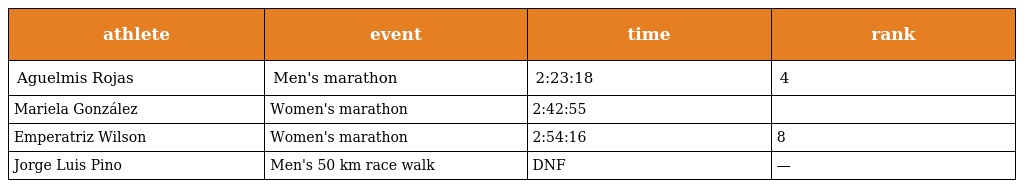
| athlete | event | time | rank |
 | --- | --- | --- | --- |
 | Aguelmis Rojas | Men's marathon | 2:23:18 | 4 |
 | Mariela González | Women's marathon | 2:42:55 |  |
 | Emperatriz Wilson | Women's marathon | 2:54:16 | 8 |
 | Jorge Luis Pino | Men's 50 km race walk | DNF | — |